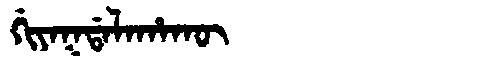
Manchu: ᡤᡳᠶᠠᡴᡩᠠᠯᠠᡥᠠᡴᡡ
Romanization: GIYAKDALAHAKŪ